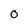
Character: 0